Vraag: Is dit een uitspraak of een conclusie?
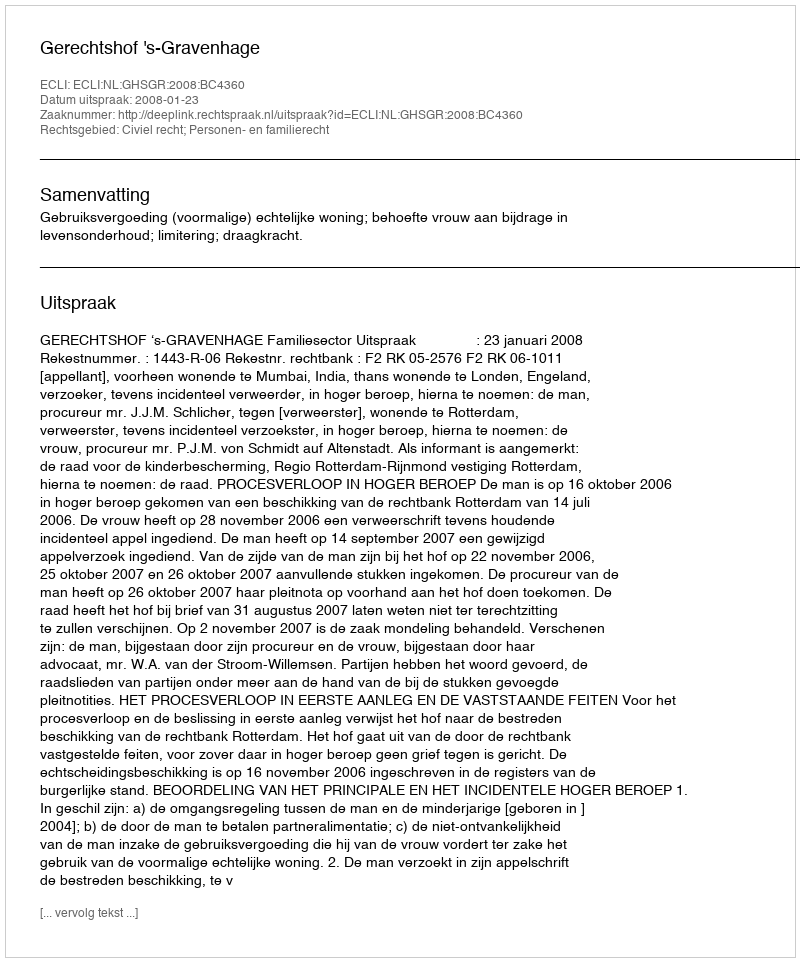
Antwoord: Uitspraak